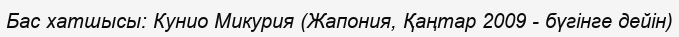
Бас хатшысы: Кунио Микурия (Жапония, Қаңтар 2009 - бүгінге дейін)